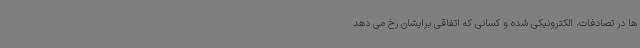
ها در تصادفات، الکترونیکی شده و کسانی که اتفاقی برایشان رخ می دهد